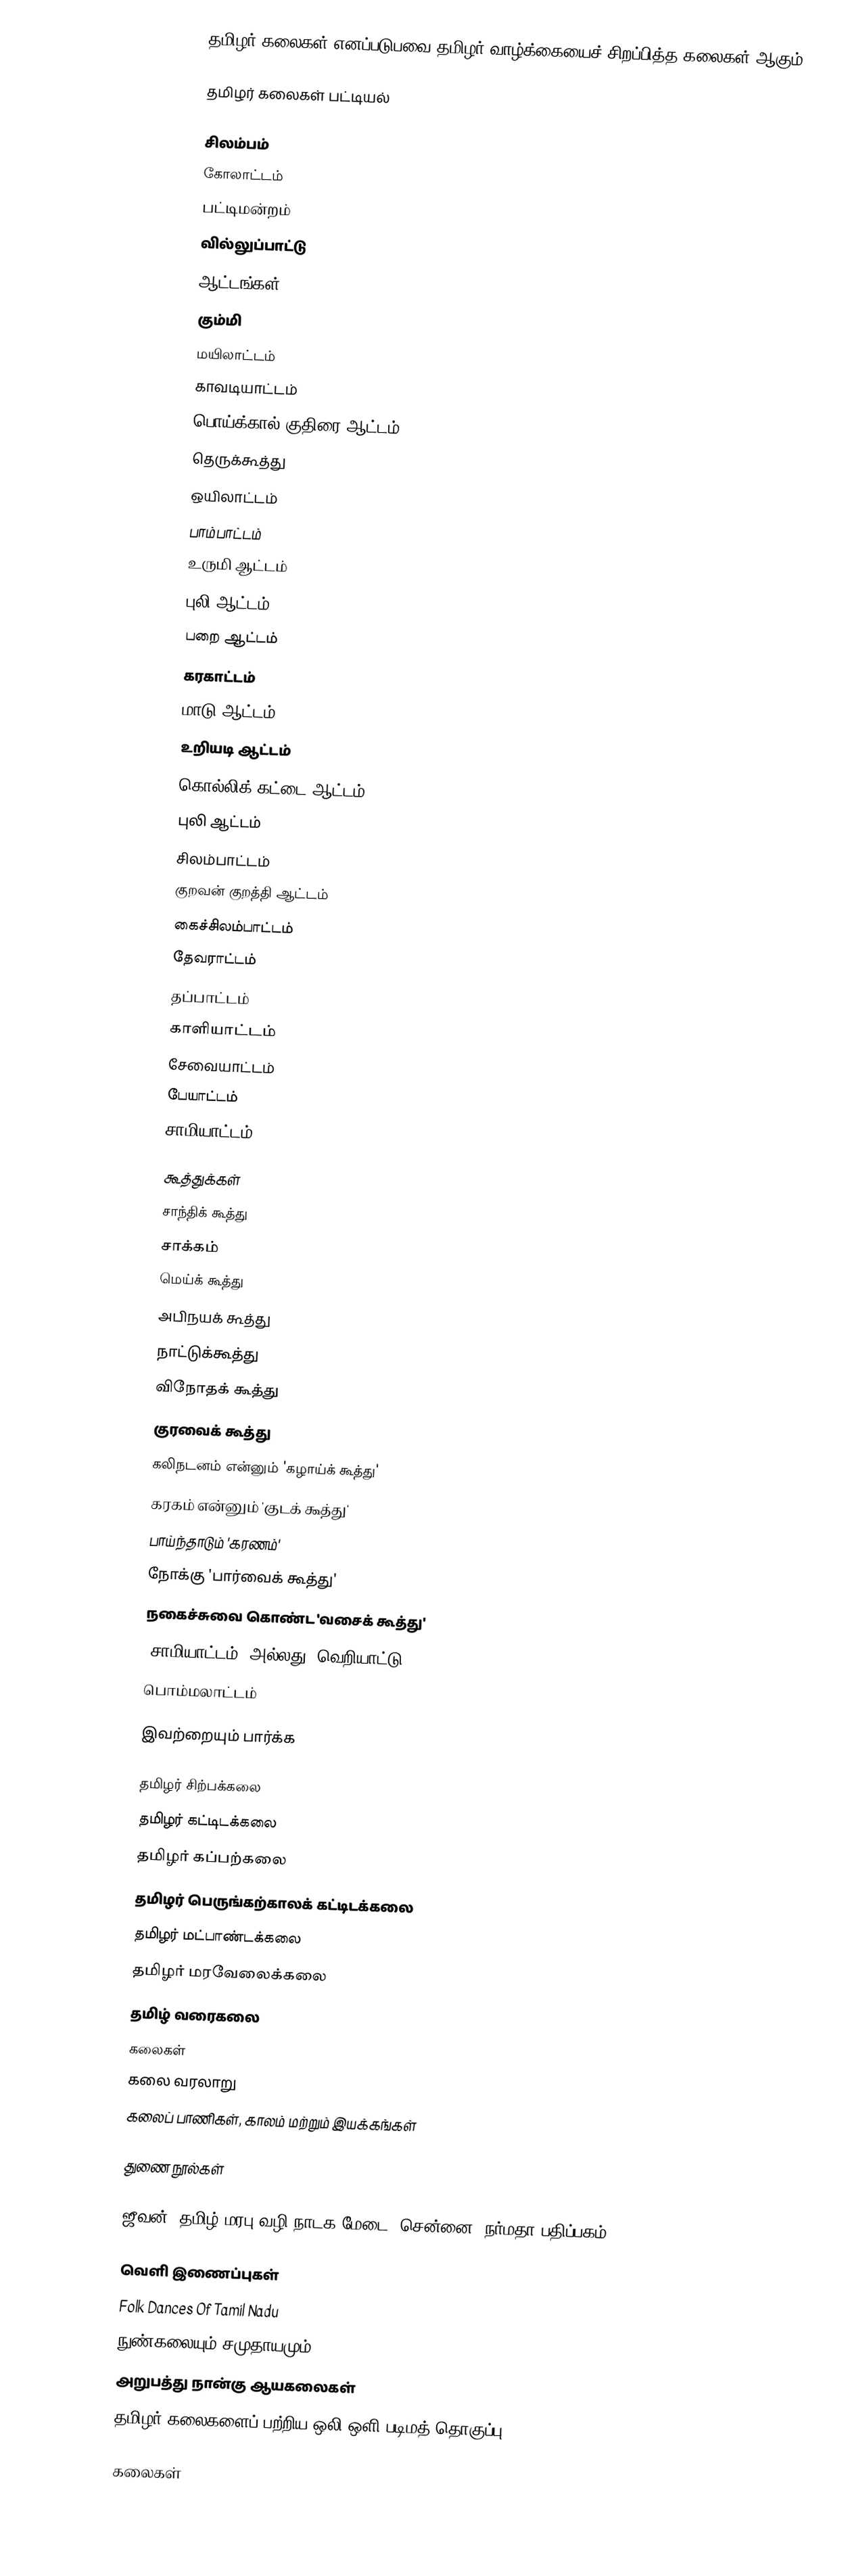
தமிழர் கலைகள் எனப்படுபவை தமிழர் வாழ்க்கையைச் சிறப்பித்த கலைகள் ஆகும்.

தமிழர் கலைகள் பட்டியல்

சிலம்பம்
கோலாட்டம்
பட்டிமன்றம்
வில்லுப்பாட்டு
 ஆட்டங்கள்
 கும்மி
 மயிலாட்டம்
 காவடியாட்டம்
 பொய்க்கால் குதிரை ஆட்டம்
 தெருக்கூத்து
 ஒயிலாட்டம்
 பாம்பாட்டம்
 உருமி ஆட்டம்
 புலி ஆட்டம்
 பறை ஆட்டம்
 கரகாட்டம்
 மாடு ஆட்டம்
 உறியடி ஆட்டம்
 கொல்லிக் கட்டை ஆட்டம்
 புலி ஆட்டம்
 சிலம்பாட்டம்
 குறவன் குறத்தி ஆட்டம்
 கைச்சிலம்பாட்டம்
 தேவராட்டம்
 தப்பாட்டம்
 காளியாட்டம்
 சேவையாட்டம்
 பேயாட்டம்
 சாமியாட்டம்

கூத்துக்கள்
 சாந்திக் கூத்து
 சாக்கம்
 மெய்க் கூத்து
 அபிநயக் கூத்து
 நாட்டுக்கூத்து
 விநோதக் கூத்து
 குரவைக் கூத்து
 கலிநடனம் என்னும் 'கழாய்க் கூத்து'
 கரகம் என்னும் 'குடக் கூத்து'
 பாய்ந்தாடும் 'கரணம்'
 நோக்கு 'பார்வைக் கூத்து'
 நகைச்சுவை கொண்ட 'வசைக் கூத்து'
 'சாமியாட்டம்' அல்லது 'வெறியாட்டு'
பொம்மலாட்டம்

இவற்றையும் பார்க்க

தமிழர் சிற்பக்கலை
தமிழர் கட்டிடக்கலை
தமிழர் கப்பற்கலை
தமிழர் பெருங்கற்காலக் கட்டிடக்கலை
தமிழர் மட்பாண்டக்கலை
தமிழர் மரவேலைக்கலை
தமிழ் வரைகலை
கலைகள்
கலை வரலாறு
கலைப் பாணிகள், காலம் மற்றும் இயக்கங்கள்

துணை நூல்கள்

ஜீவன், தமிழ் மரபு வழி நாடக மேடை, சென்னை: நர்மதா பதிப்பகம், 2000

வெளி இணைப்புகள்
 Folk Dances Of Tamil Nadu
 நுண்கலையும் சமுதாயமும்
 அறுபத்து நான்கு ஆயகலைகள்
 தமிழர் கலைகளைப் பற்றிய ஒலி-ஒளி படிமத் தொகுப்பு

கலைகள்